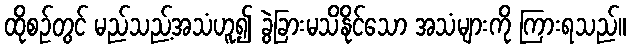
ထိုစဉ်တွင် မည်သည့်အသံဟူ၍ ခွဲခြားမသိနိုင်သော အသံများကို ကြားရသည်။